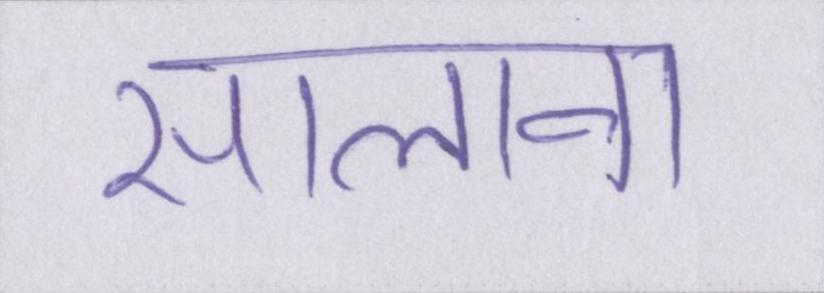
सालाना